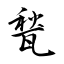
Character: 甃